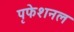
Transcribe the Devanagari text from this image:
पृफेशनल